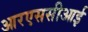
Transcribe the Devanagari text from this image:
आरएससीआई